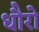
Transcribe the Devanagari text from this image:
धौरो